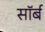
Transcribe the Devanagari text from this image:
सॉर्ब